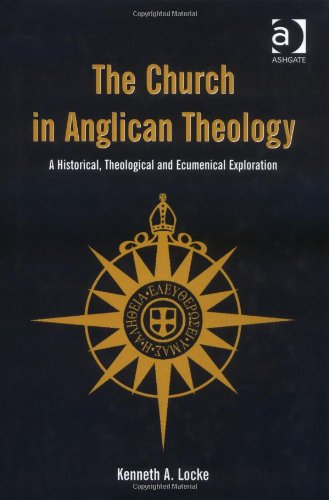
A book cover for The Church in Anglican Theology; Kenneth A. Locke; Christian Books & Bibles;